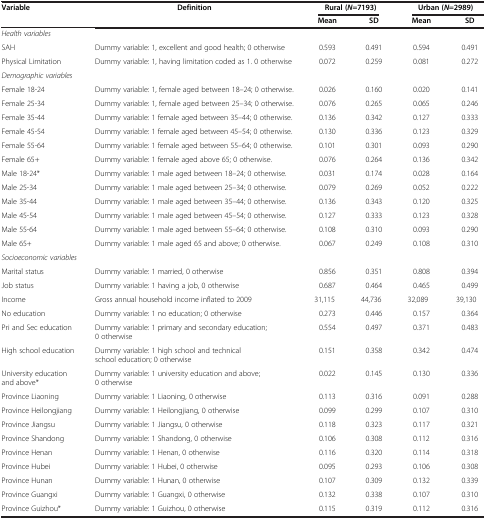
<table><thead><tr><td><b>Variable</b></td><td><b>Definition</b></td><td colspan="2"><b>Rural (<i>N</i>=7193)</b></td><td colspan="2"><b>Urban (<i>N</i>=2989)</b></td></tr><tr><td><b> </b></td><td><b> </b></td><td><b>Mean</b></td><td><b>SD</b></td><td><b>Mean</b></td><td><b>SD</b></td></tr></thead><tbody><tr><td colspan="6"><i>Health variables</i></td></tr><tr><td>SAH</td><td>Dummy variable: 1, excellent and good health; 0 otherwise</td><td>0.593</td><td>0.491</td><td>0.594</td><td>0.491</td></tr><tr><td>Physical Limitation</td><td>Dummy variable: 1, having limitation coded as 1. 0 otherwise</td><td>0.072</td><td>0.259</td><td>0.081</td><td>0.272</td></tr><tr><td colspan="6"><i>Demographic variables</i></td></tr><tr><td>Female 18-24</td><td>Dummy variable: 1, female aged between 18–24; 0 otherwise.</td><td>0.026</td><td>0.160</td><td>0.020</td><td>0.141</td></tr><tr><td>Female 25-34</td><td>Dummy variable: 1, female aged between 25–34; 0 otherwise.</td><td>0.076</td><td>0.265</td><td>0.065</td><td>0.246</td></tr><tr><td>Female 35-44</td><td>Dummy variable: 1 female aged between 35–44; 0 otherwise.</td><td>0.136</td><td>0.342</td><td>0.127</td><td>0.333</td></tr><tr><td>Female 45-54</td><td>Dummy variable: 1 female aged between 45–54; 0 otherwise.</td><td>0.130</td><td>0.336</td><td>0.123</td><td>0.329</td></tr><tr><td>Female 55-64</td><td>Dummy variable: 1 female aged between 55–64; 0 otherwise.</td><td>0.101</td><td>0.301</td><td>0.093</td><td>0.290</td></tr><tr><td>Female 65+</td><td>Dummy variable: 1 female aged above 65; 0 otherwise.</td><td>0.076</td><td>0.264</td><td>0.136</td><td>0.342</td></tr><tr><td>Male 18-24*</td><td>Dummy variable: 1 male aged between 18–24; 0 otherwise.</td><td>0.031</td><td>0.174</td><td>0.028</td><td>0.164</td></tr><tr><td>Male 25-34</td><td>Dummy variable: 1 male aged between 25–34; 0 otherwise.</td><td>0.079</td><td>0.269</td><td>0.052</td><td>0.222</td></tr><tr><td>Male 35-44</td><td>Dummy variable: 1 male aged between 35–44; 0 otherwise.</td><td>0.136</td><td>0.343</td><td>0.120</td><td>0.325</td></tr><tr><td>Male 45-54</td><td>Dummy variable: 1 male aged between 45–54; 0 otherwise.</td><td>0.127</td><td>0.333</td><td>0.123</td><td>0.328</td></tr><tr><td>Male 55-64</td><td>Dummy variable: 1 male aged between 55–64; 0 otherwise.</td><td>0.108</td><td>0.310</td><td>0.093</td><td>0.290</td></tr><tr><td>Male 65+</td><td>Dummy variable: 1 male aged 65 and above; 0 otherwise.</td><td>0.067</td><td>0.249</td><td>0.108</td><td>0.310</td></tr><tr><td colspan="6"><i>Socioeconomic variables</i></td></tr><tr><td>Marital status</td><td>Dummy variable: 1 married, 0 otherwise</td><td>0.856</td><td>0.351</td><td>0.808</td><td>0.394</td></tr><tr><td>Job status</td><td>Dummy variable: 1 having a job, 0 otherwise</td><td>0.687</td><td>0.464</td><td>0.465</td><td>0.499</td></tr><tr><td>Income</td><td>Gross annual household income inflated to 2009</td><td>31,115</td><td>44,736</td><td>32,089</td><td>39,130</td></tr><tr><td>No education</td><td>Dummy variable: 1 no education; 0 otherwise</td><td>0.273</td><td>0.446</td><td>0.157</td><td>0.364</td></tr><tr><td>Pri and Sec education</td><td>Dummy variable: 1 primary and secondary education; 0 otherwise</td><td>0.554</td><td>0.497</td><td>0.371</td><td>0.483</td></tr><tr><td>High school education</td><td>Dummy variable: 1 high school and technical school education; 0 otherwise</td><td>0.151</td><td>0.358</td><td>0.342</td><td>0.474</td></tr><tr><td>University education and above*</td><td>Dummy variable: 1 university education and above; 0 otherwise</td><td>0.022</td><td>0.145</td><td>0.130</td><td>0.336</td></tr><tr><td>Province Liaoning</td><td>Dummy variable: 1 Liaoning, 0 otherwise</td><td>0.113</td><td>0.316</td><td>0.091</td><td>0.288</td></tr><tr><td>Province Heilongjiang</td><td>Dummy variable: 1 Heilongjiang, 0 otherwise</td><td>0.099</td><td>0.299</td><td>0.107</td><td>0.310</td></tr><tr><td>Province Jiangsu</td><td>Dummy variable: 1 Jiangsu, 0 otherwise</td><td>0.118</td><td>0.323</td><td>0.117</td><td>0.321</td></tr><tr><td>Province Shandong</td><td>Dummy variable: 1 Shandong, 0 otherwise</td><td>0.106</td><td>0.308</td><td>0.112</td><td>0.316</td></tr><tr><td>Province Henan</td><td>Dummy variable: 1 Henan, 0 otherwise</td><td>0.116</td><td>0.320</td><td>0.114</td><td>0.318</td></tr><tr><td>Province Hubei</td><td>Dummy variable: 1 Hubei, 0 otherwise</td><td>0.095</td><td>0.293</td><td>0.106</td><td>0.308</td></tr><tr><td>Province Hunan</td><td>Dummy variable: 1 Hunan, 0 otherwise</td><td>0.107</td><td>0.309</td><td>0.132</td><td>0.339</td></tr><tr><td>Province Guangxi</td><td>Dummy variable: 1 Guangxi, 0 otherwise</td><td>0.132</td><td>0.338</td><td>0.107</td><td>0.310</td></tr><tr><td>Province Guizhou*</td><td>Dummy variable: 1 Guizhou, 0 otherwise</td><td>0.115</td><td>0.319</td><td>0.112</td><td>0.316</td></tr></tbody></table>